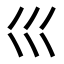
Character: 𡿦